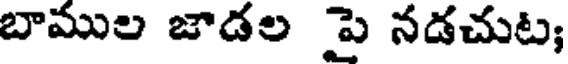
బాముల జాడల పై నడచుట;